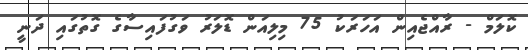
ކޮލަމް - ރާއްޖެއިން އަހަރަކު 75 މިލިއަން ޑޮލަރު ވަގުފައިސާގެ ގޮތުގައި ދަނީ